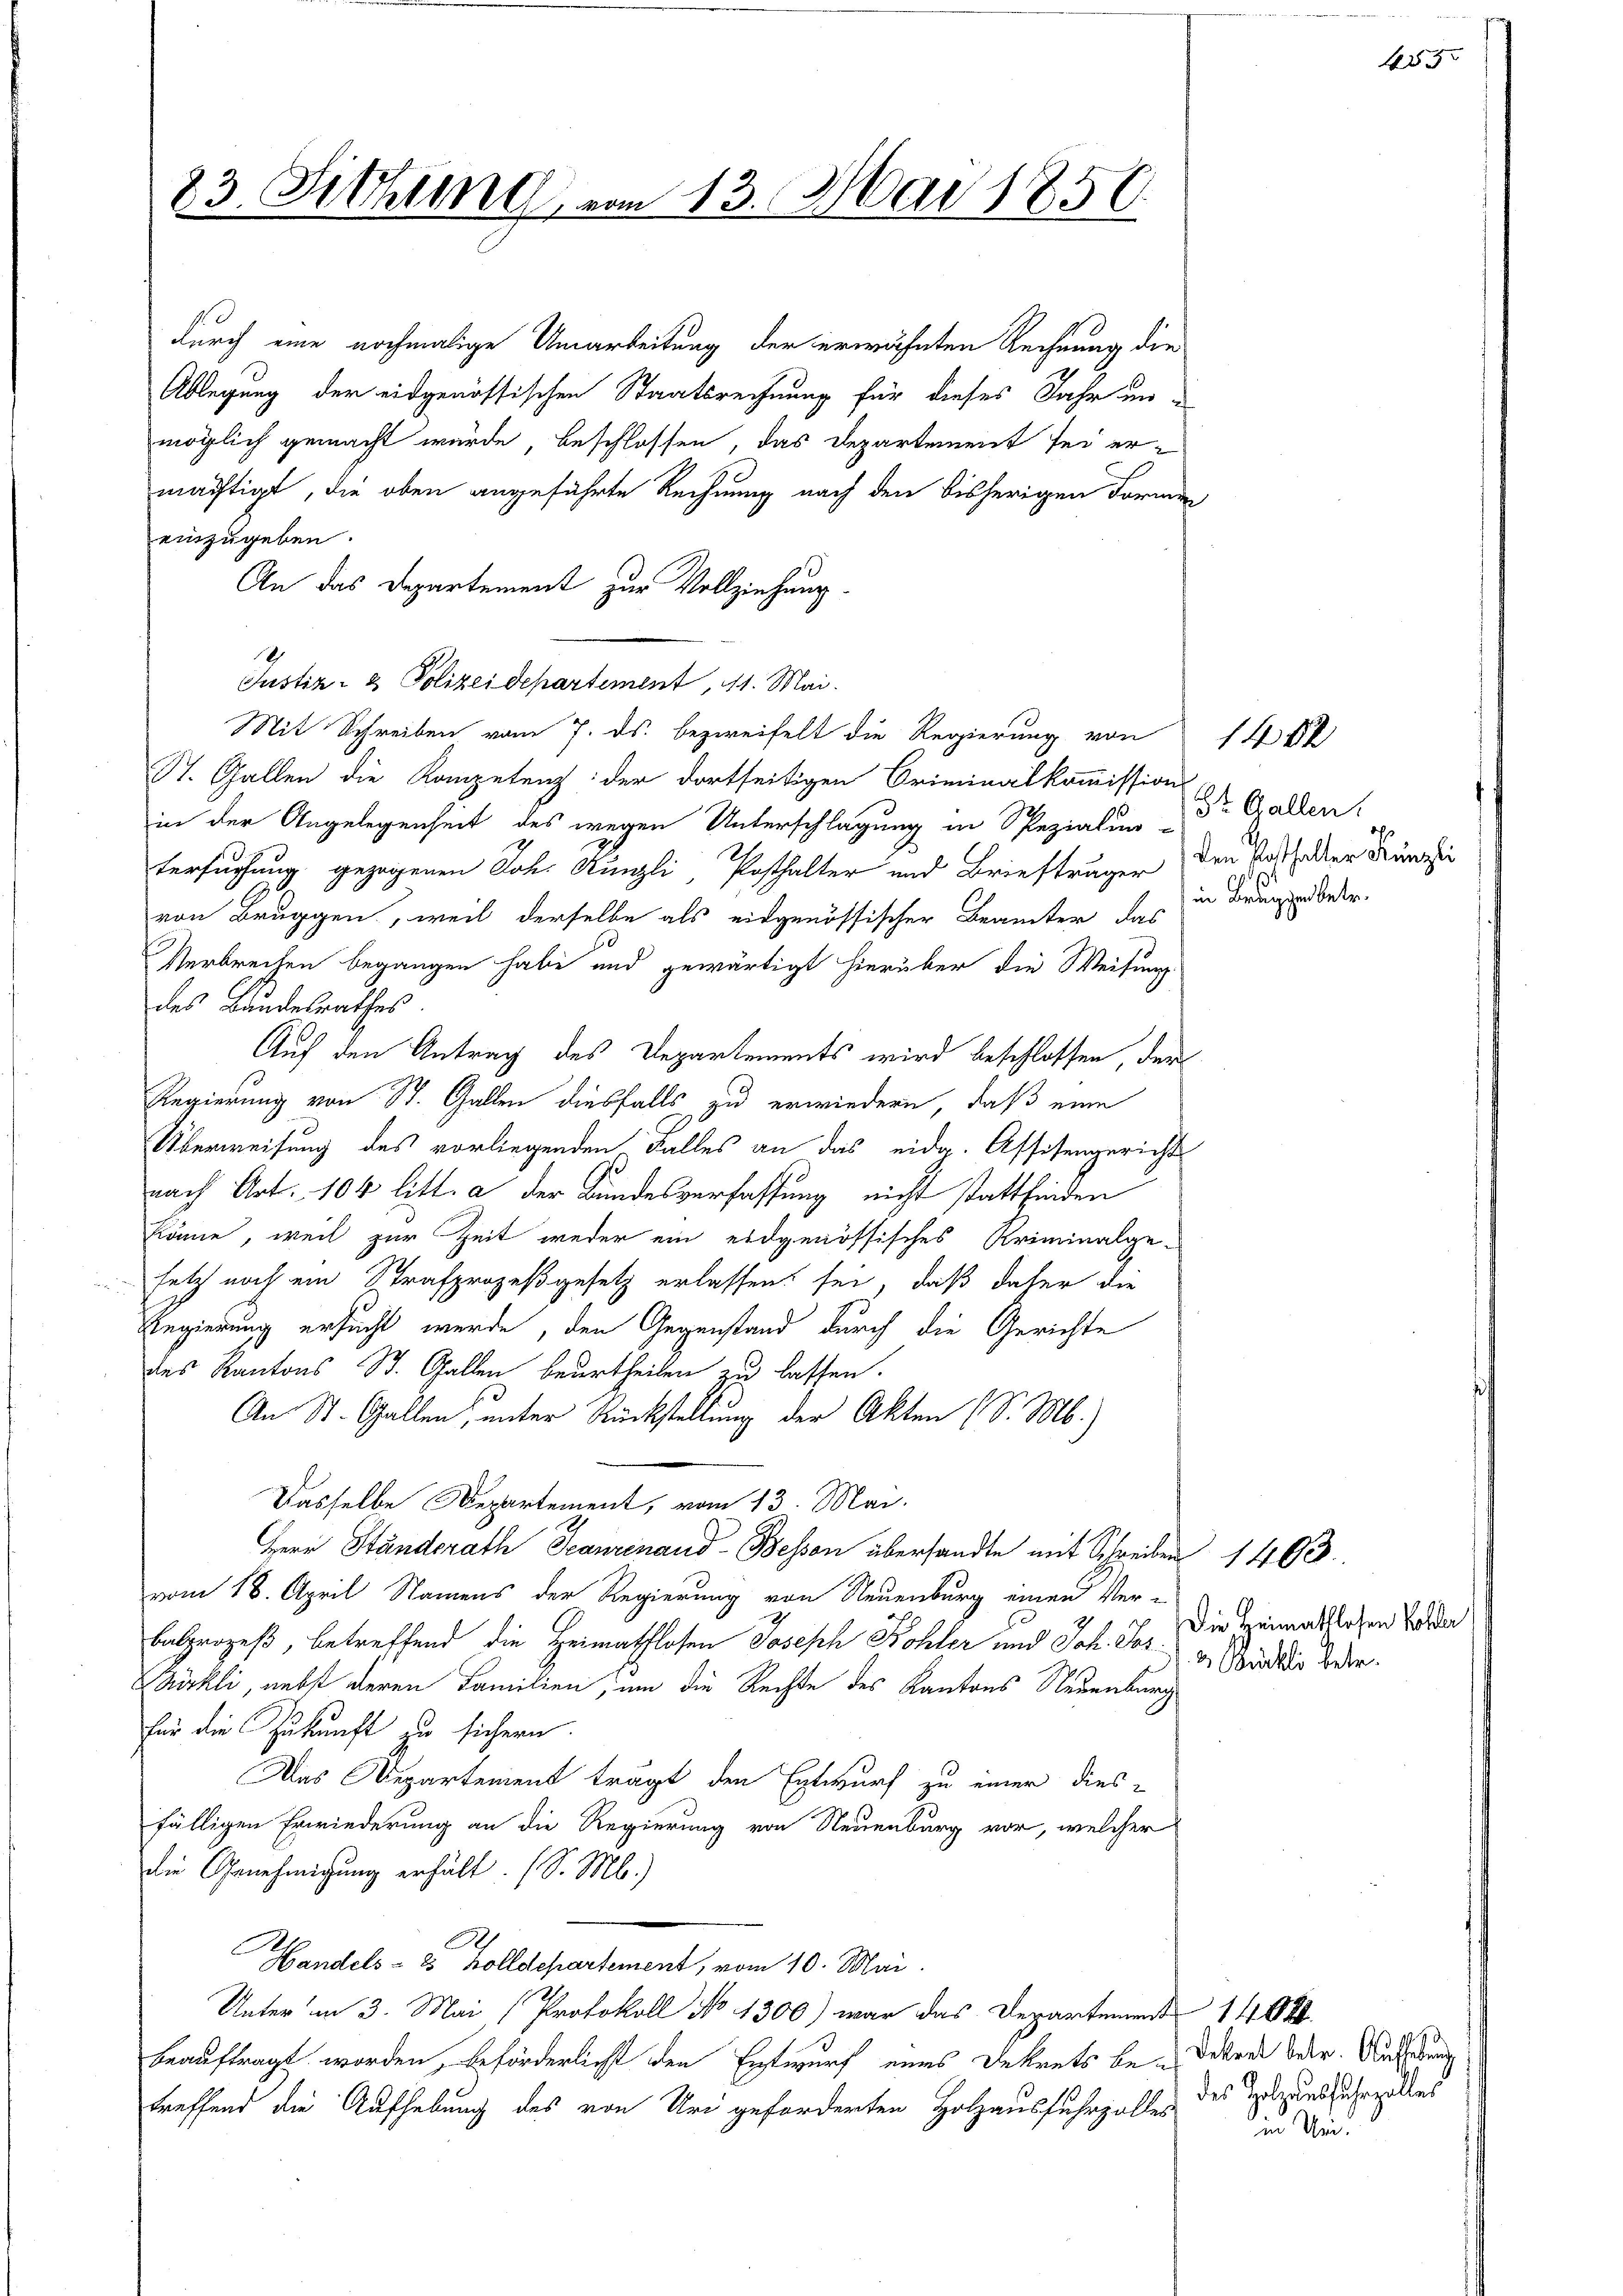
23. Sitzung vom 13. Mai 1856.

durch eine nochmalige Umarbeitung der erwähnten Rechnung die
Ablegung der eidgenössischen Staatsrechnung für dieses Jahr un-
möglich gemacht würde, beschlossen, das Departement sei ermächtigt, die oben angeführte Rechnung nach den bisherigen Formen
einzugeben.
An das Departement zur Vollziehung
Justiz- & Polizeidepartement, 11. Mai.
Mit Schreiben vom 7. ds. bezweifelt die Regierung von 14 f
St. Gallen die Kompetenz der dortseitigen Criminalkommission
in der Angelegenheit des wegen Unterschlagung in Spezialun-
tersuchung gezogenen Joh. Künzli, Potthalter und Briefträger den Vorthalter Franzie
von Bruggen, weil derselbe als eidgenössischer Beamter das
Verbrechen begangen habe und gewärtigt hierüber die Weisung
des Bundesrathes.
Auf den Antrag des Departements wird beschlossen, der
Regierung von St. Gallen diesfalls zu erwiedern, daß eine
Überweisung des vorliegenden Falles an das eidg. Assistengericht
nach Art. 104 litt. a der Bundesverfassung nicht stattfinden
könne, weil zur Zeit weder ein eidgenössisches Kriminalge-
setzt noch ein Strafprozeßgesetz erlassen sei, daß daher die
Regierung ersucht werde, den Gegenstand durch die Gerichte
des Kantons St. Gallen beurtheilen zu lassen.
An St. Gallen, unter Rückstellung der Akten (S. M.)
Dasselbe Departement, vom 13. Mai.
Herr Ständerath Scaneinand-Bessen übersandte mit Schreiben 1493.
vom 18. April Namens der Regierung von Neuenburg einen Ver-
balprozeß, betreffend die Heimathlosen Joseph Kohler und Joh. Jos. v. Stadt worder
Bürkli, nebst deren Familien, um die Rechte des Kantons Neuenburg
für die Zukunft zu sichern.
Das Departement trägt den Entwurf zu einer dies-
fälligen Erwiederung an die Regierung von Neuenburg vor, welcher
die Genehmigung erhält. (S. M.)
Handels- 2 Zolldepartement, vom 10. Mai
Unter in 3. Mai (Protokoll No 1300) war das Departemend 1404.
beauftragt worden, beförderlicht den Entwurf eines Dekrets be- Dekret oder Aufhebung
treffend die Aufhebung des von Uri geforderten Holzausfuhrzalles des Satzung fuhrzolles

Str. Gallen.
in Brugger betr.

455

Die Heimathlosen Kolle

in Un¬